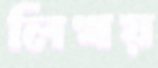
লিখয়